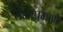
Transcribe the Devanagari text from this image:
तेलाप्रमाणे